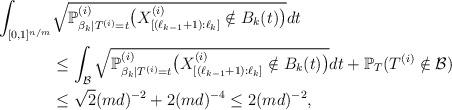
LaTeX: \begin{align*}\int_{[0,1]^{n/m}}&\sqrt{\mathbb{P}_{\beta_k|T^{(i)}=t}^{(i)}\big(X^{(i)}_{[(\ell_{k-1}+1):\ell_k]}\notin B_k(t)\big)}dt\\&\leq \int_{\mathcal{B}}\sqrt{\mathbb{P}_{\beta_k|T^{(i)}=t}^{(i)}\big(X^{(i)}_{[(\ell_{k-1}+1):\ell_k]}\notin B_k(t)\big)}dt+\mathbb{P}_T(T^{(i)}\notin \mathcal{B} )\\&\leq \sqrt{2} (md)^{-2}+ 2(md)^{-4}\leq 2 (md)^{-2},\end{align*}